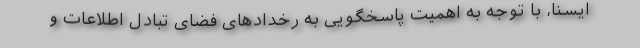
ایسنا، با توجه به اهمیت پاسخگویی به رخدادهای فضای تبادل اطلاعات و